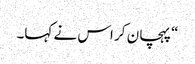
“ پہچان کر اس نے کہا۔